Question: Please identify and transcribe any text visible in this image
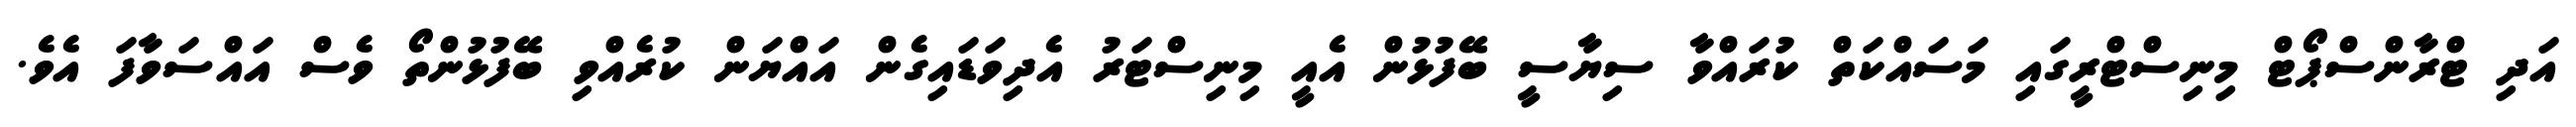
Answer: އަދި ޓްރާންސްޕޯޓް މިނިސްޓްރީގައި މަސައްކަތް ކުރައްވާ ސިޔާސީ ބޭފުޅުން އެއީ މިނިސްޓަރު އެދިވަޑައިގެން އައްޔަން ކުރެއްވި ބޭފުޅުންތޯ ވެސް އައްސަވާފަ އެވެ.